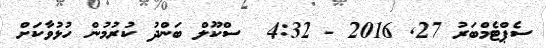
ސެޕްޓެމްބަރު 27